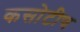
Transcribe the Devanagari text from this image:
कसोटीच